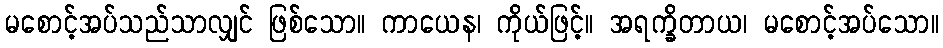
မစောင့်အပ်သည်သာလျှင် ဖြစ်သော။ ကာယေန၊ ကိုယ်ဖြင့်။ အရက္ခိတာယ၊ မစောင့်အပ်သော။